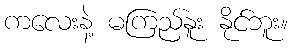
ကလေးနဲ့ မကြည်နူး နိုင်ဘူး။